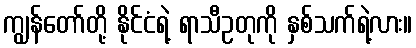
ကျွန်တော်တို့ နိုင်ငံရဲ့ ရာသီဥတုကို နှစ်သက်ရဲ့လား။